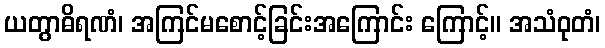
ယတွာဓိရဏံ၊ အကြင်မစောင့်ခြင်းအကြောင်း ကြောင့်။ အသံဝုတံ၊